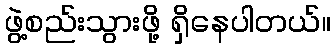
ဖွဲ့စည်းသွားဖို့ ရှိနေပါတယ်။